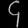
Digit: ၄